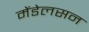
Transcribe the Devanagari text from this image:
मेंडेलसन